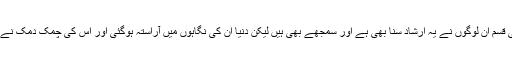
ہاں ہاں خداکی قسم ان لوگوں نے یہ ارشاد سنا بھی ہے اور سمجھے بھی ہیں لیکن دنیا ان کی نگاہوں میں آراستہ ہوگئی اور اس کی چمک دمک نے انہیں لبھا لیا۔